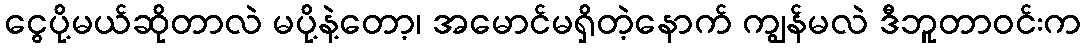
ငွေပို့မယ်ဆိုတာလဲ မပို့နဲ့တော့၊ အမောင်မရှိတဲ့နောက် ကျွန်မလဲ ဒီဘူတာဝင်းက